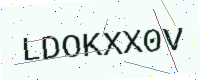
Text: LDOKXX0V